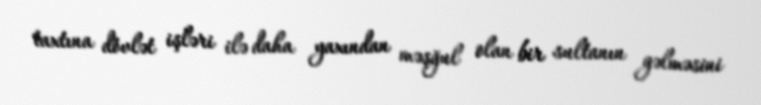
taxtına dövlət işləri ilə daha yaxından məşğul olan bir sultanın gəlməsini